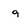
Character: g